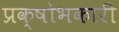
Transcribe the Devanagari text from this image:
प्रक्षोभकारी